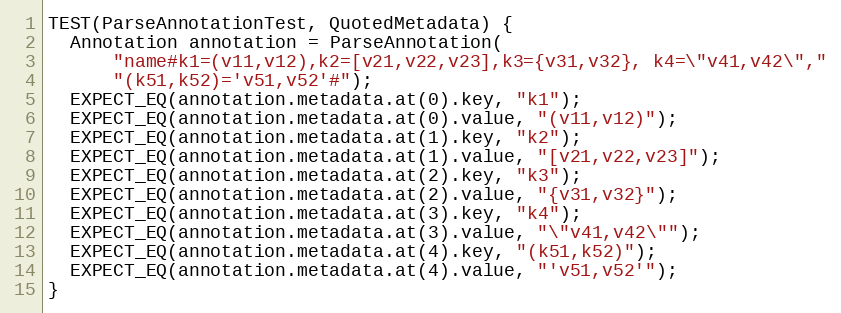
Language: C++
TEST(ParseAnnotationTest, QuotedMetadata) {
  Annotation annotation = ParseAnnotation(
      "name#k1=(v11,v12),k2=[v21,v22,v23],k3={v31,v32}, k4=\"v41,v42\","
      "(k51,k52)='v51,v52'#");
  EXPECT_EQ(annotation.metadata.at(0).key, "k1");
  EXPECT_EQ(annotation.metadata.at(0).value, "(v11,v12)");
  EXPECT_EQ(annotation.metadata.at(1).key, "k2");
  EXPECT_EQ(annotation.metadata.at(1).value, "[v21,v22,v23]");
  EXPECT_EQ(annotation.metadata.at(2).key, "k3");
  EXPECT_EQ(annotation.metadata.at(2).value, "{v31,v32}");
  EXPECT_EQ(annotation.metadata.at(3).key, "k4");
  EXPECT_EQ(annotation.metadata.at(3).value, "\"v41,v42\"");
  EXPECT_EQ(annotation.metadata.at(4).key, "(k51,k52)");
  EXPECT_EQ(annotation.metadata.at(4).value, "'v51,v52'");
}